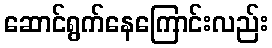
ဆောင်ရွက်နေကြောင်းလည်း